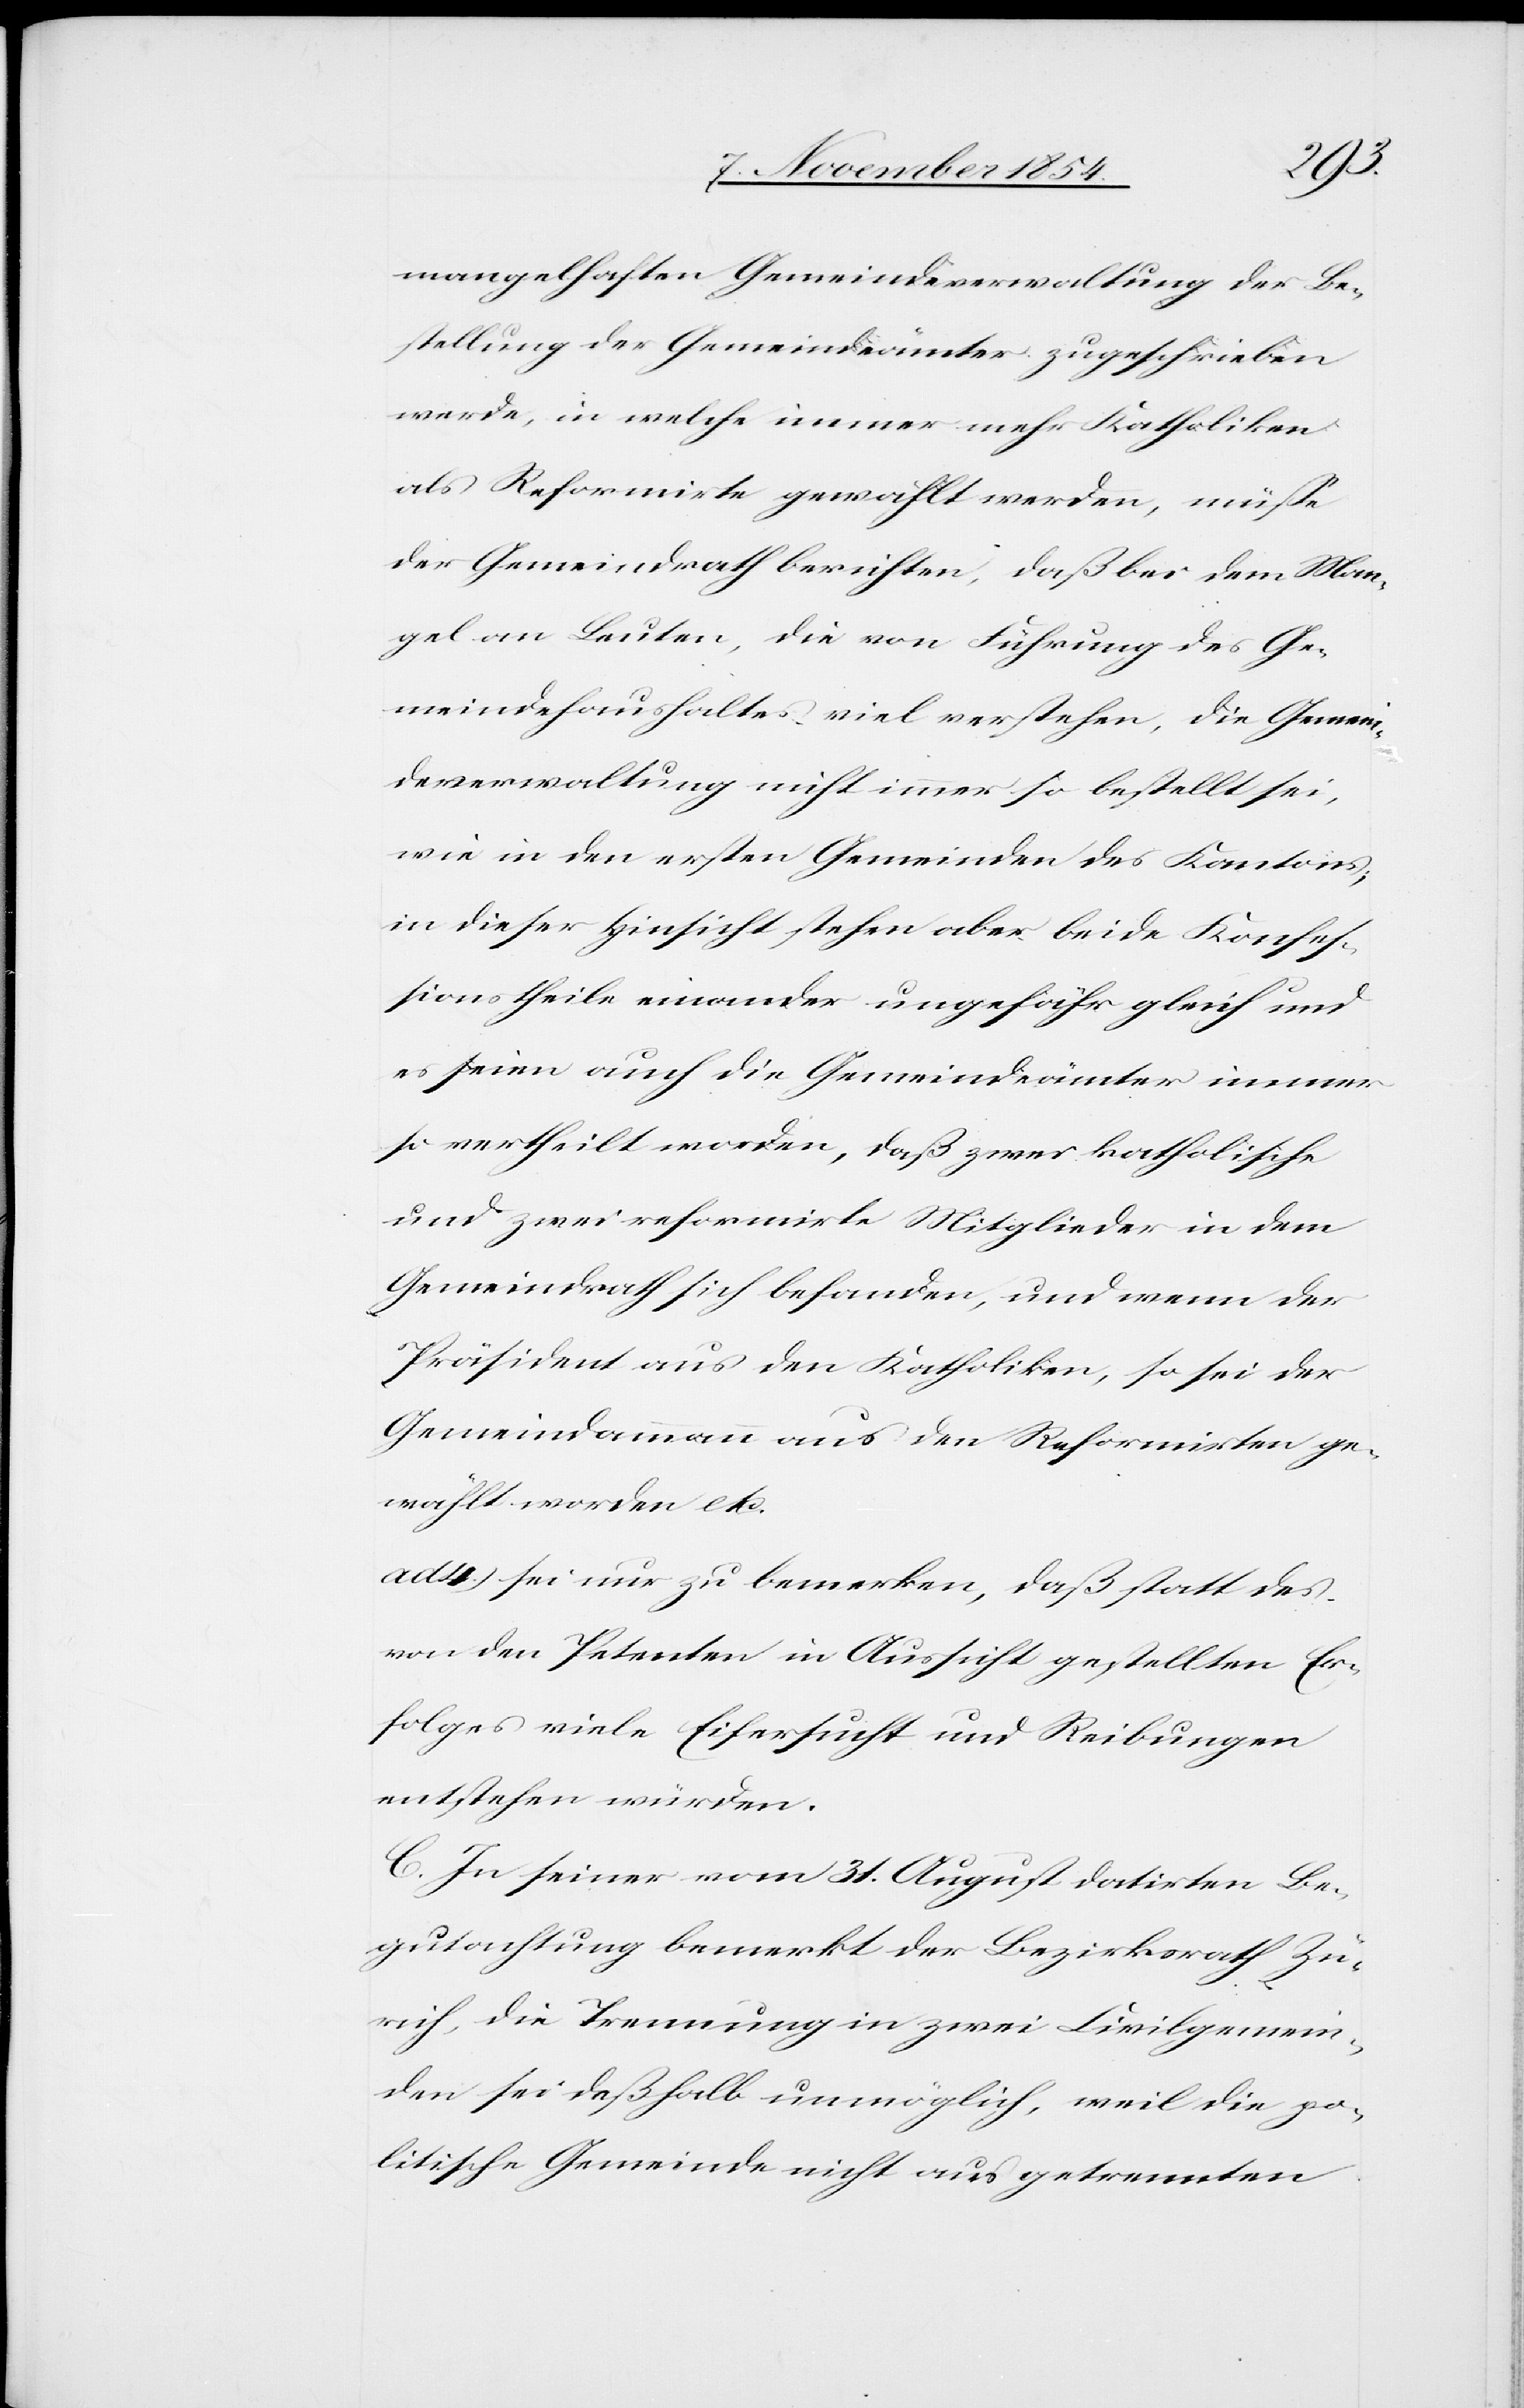
mangelhaften Gemeindeverwaltung der Be¬
stellung der Gemeindeämter zugeschrieben
werde, in welche immer mehr Katholiken
als Reformirte gewählt werden, müße
der Gemeindrath berichten, daß bei dem Man¬
gel an Leuten, die von Führung des Ge¬
meindehaushaltes viel verstehen, die Gemein¬
deverwaltung nicht immer so bestellt sei,
wie in den ersten Gemeinden des Kantons;
in dieser Hinsicht bestehen aber beide Konfeß¬
ionstheile einander ungefähr gleich und
es seien auch die Gemeindeämter immer
so vertheilt worden, daß zwei katholische
und zwei reformirte Mitglieder in dem
Gemeindrath sich befangen, und wenn der
Präsident aus den Katholiken, so sei der
Gemeindammann aus den Reformirten ge¬
wählt worden etc.
ad. 4.) sei nur zu bemerken, daß statt des
von den Petenten in Aussicht gestellten Er¬
folges viele Eifersucht und Reibungen
entstehen würden.
C. In seiner vom 31. August datirten Be¬
gutachtung bemerkt der Bezirksrath Zü¬
rich, die Trennung in zwei Civilgemein¬
den sei deßhalb unmöglich, weil die po¬
litische Gemeinde nicht aus getrennten